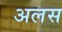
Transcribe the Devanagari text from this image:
अलस